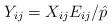
LaTeX: \begin{align*}Y_{ij} = X_{ij}E_{ij}/\hat{p}\end{align*}